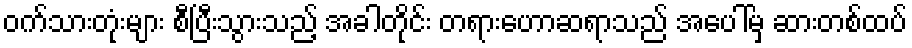
ဝက်သားတုံးများ စီပြီးသွားသည့် အခါတိုင်း တရားဟောဆရာသည် အပေါ်မှ ဆားတစ်ထပ်